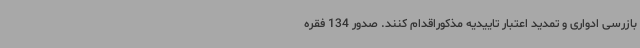
بازرسی ادواری و تمدید اعتبار تاییدیه مذکوراقدام کنند. صدور 134 فقره